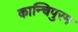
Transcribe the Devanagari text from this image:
कान्चिपुरम